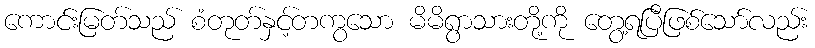
ကောင်းမြတ်သည် စံတုတ်နှင့်တကွသော မိမိရွာသားတို့ကို တွေ့ရပြီဖြစ်သော်လည်း